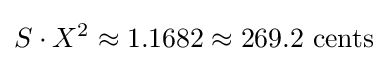
S\cdot X^{2}\approx 1.1682\approx 269.2{\text{ cents}}